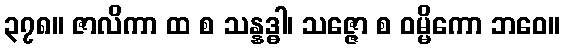
၃၇၈။ ဇာလိကာ ထ စ သန္နဒ္ဓါ၊ သဇ္ဇော စ ဝမ္မိကော ဘဝေ။